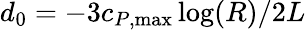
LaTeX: d_{0}=-3c_{P,{\operatorname*{max}}}\log(R)/2L